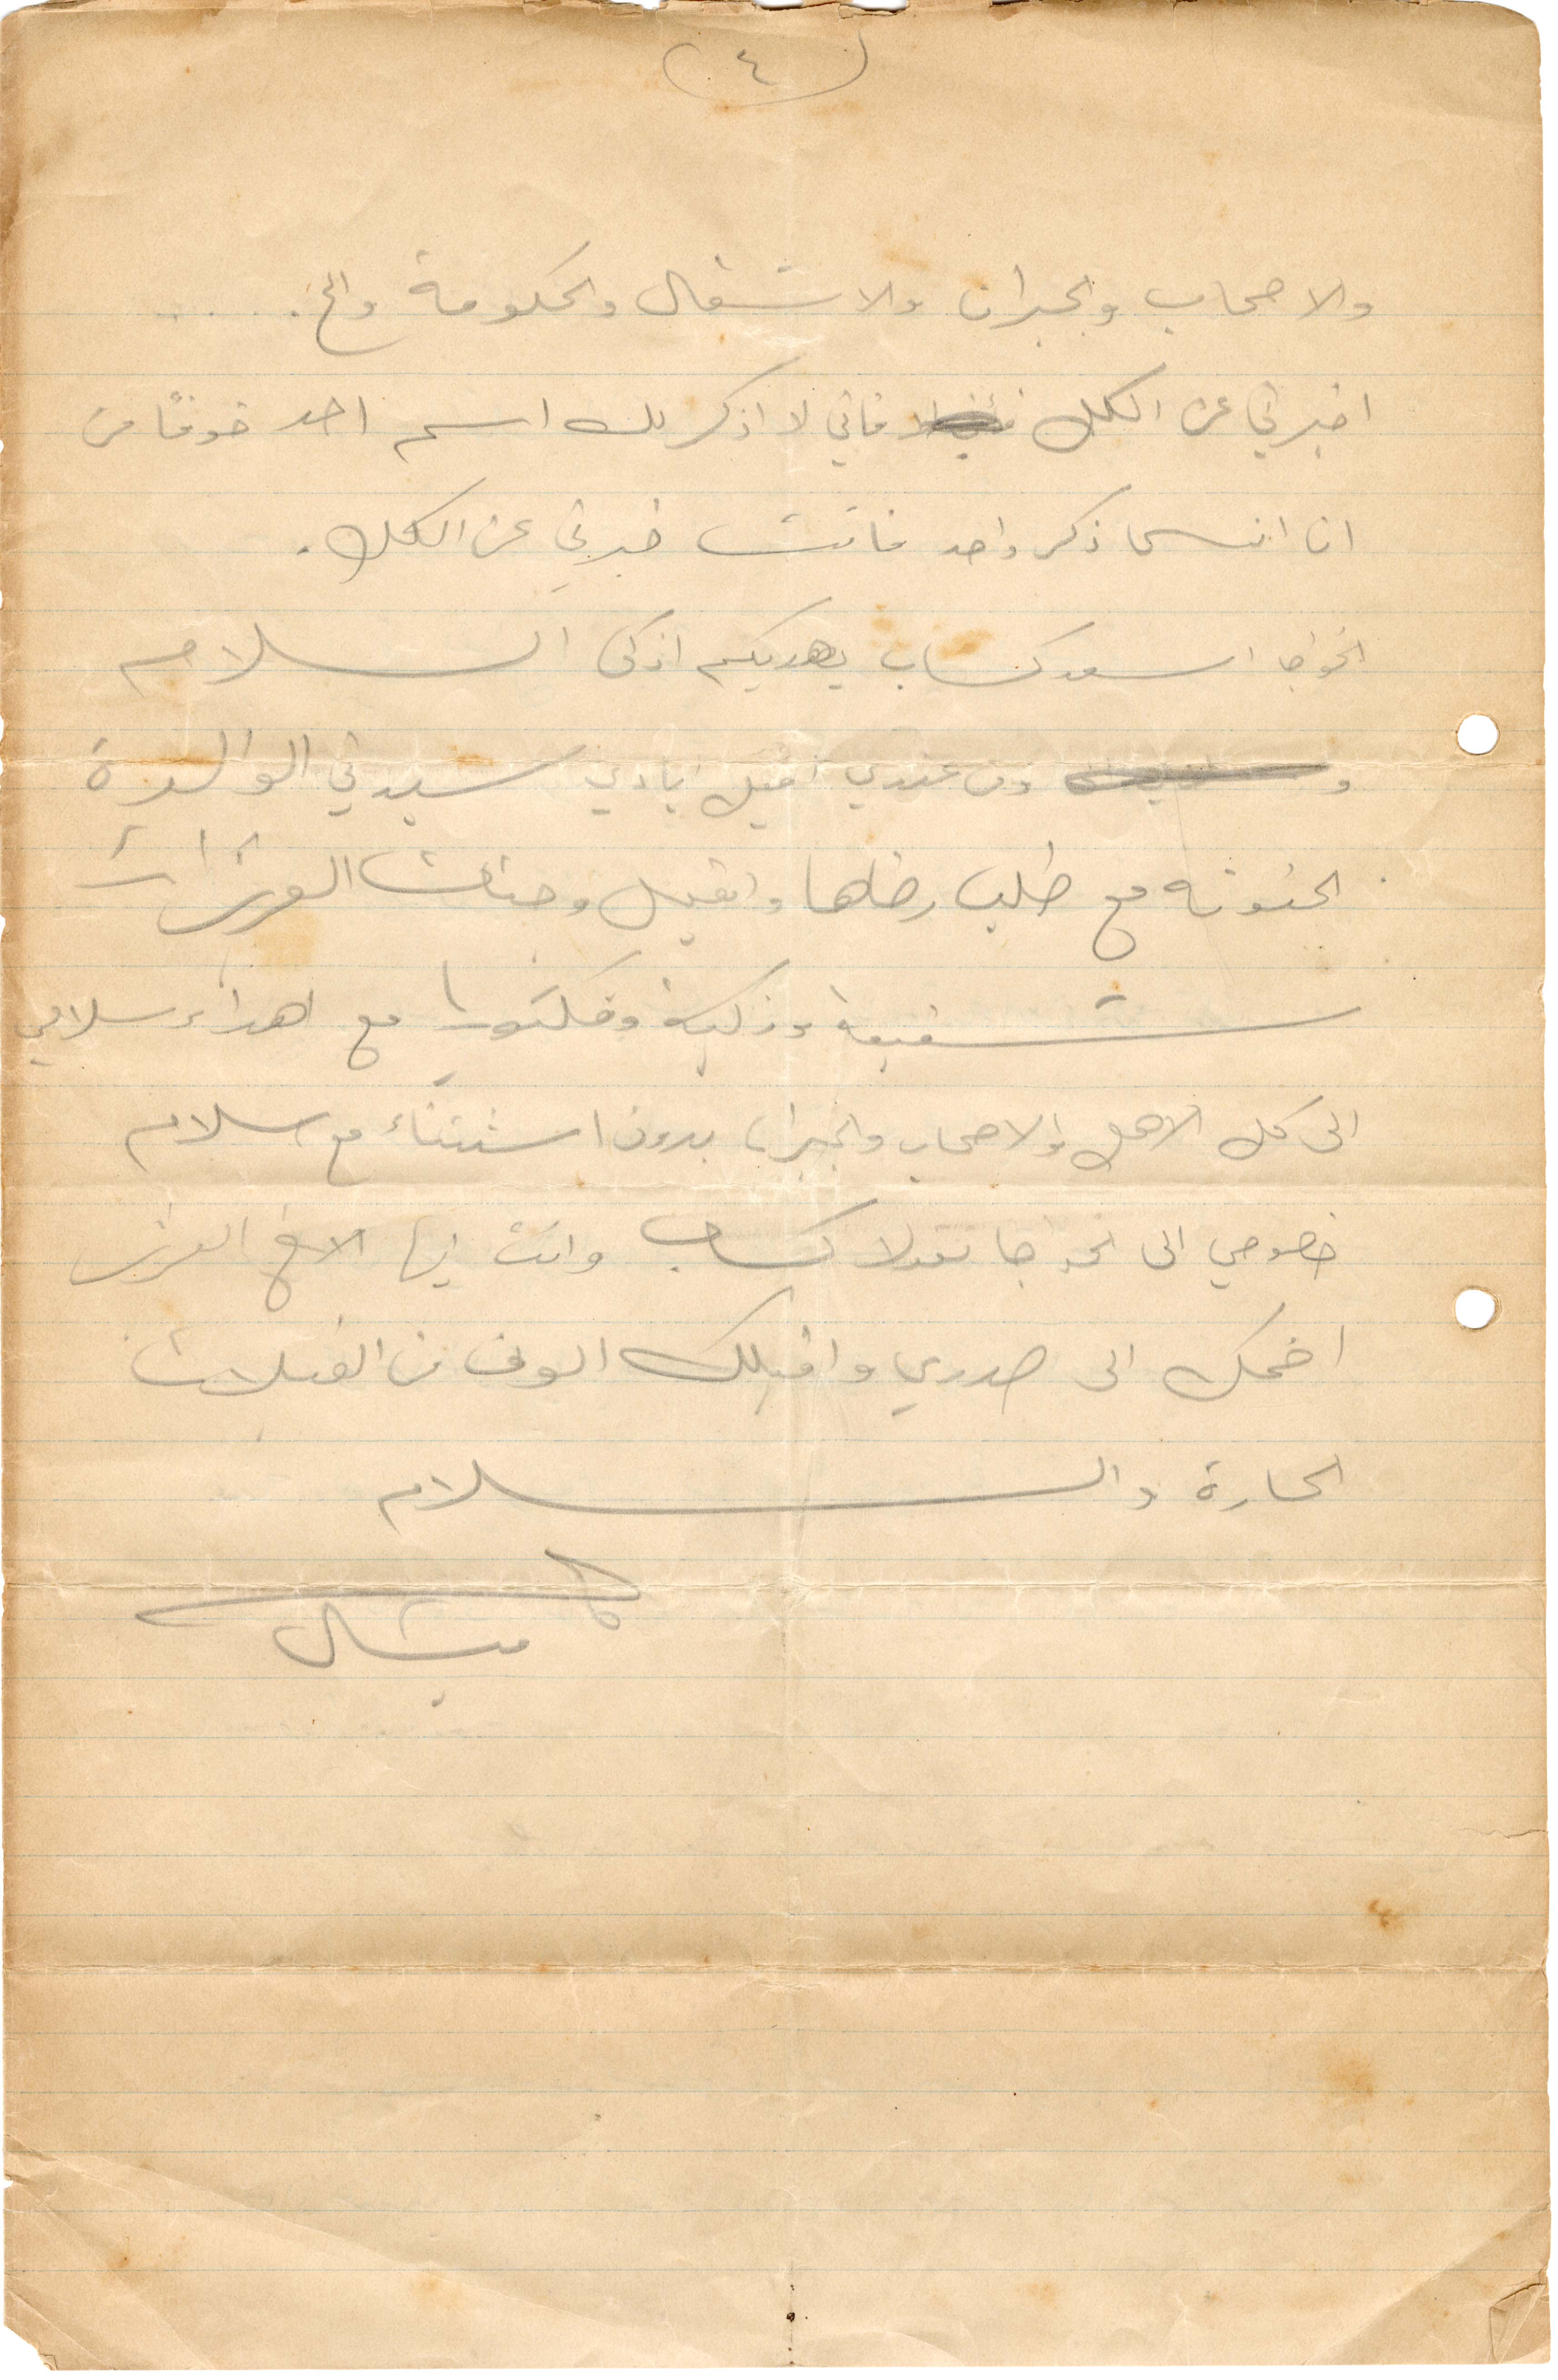
والاصحاب والجيران والاشغال والحكومة والخ.
اخبرني عن الكل فاني لا اذكر لك اسم احد خوفًا من
ان انسى ذكر واحد فانت خبرني عن الكل
الخواجا اسعد كساب يهديكم اذكى السلام
ومن عندي اقبل ايادي سيدتي الوالدة
الحنونة مع طلب رضاها واقبل وجنات العزيزات
شفيقة وزكية وفكتوريا مع اهداء سلامي
الى كل الاهل والاصحاب والجيران بدون استثناء مع سلام
خصوصي الى الخواجا نقولا كساب وانت أيها الأخ العزيز
اضمك الى صدري واقبلك الوف من القبلات
الحارة والسلام
ميشال